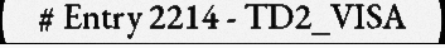
# Entry 2214 - TD2_VISA